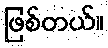
ဖြစ်တယ်။